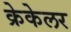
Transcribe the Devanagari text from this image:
क्रेकेलर